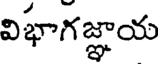
విభాగజ్ఞాయ